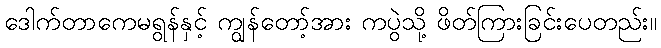
ဒေါက်တာကေမရွန်နှင့် ကျွန်တော့်အား ကပွဲသို့ ဖိတ်ကြားခြင်းပေတည်း။